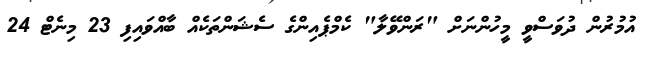
އުމުރުން ދުވަސްވީ މީހުންނަށް "ރަންވޭލާ" ކެމްޕެއިންގެ ސެޝަންތަކެއް ބާއްވައިފި 23 މިނެޓް 24